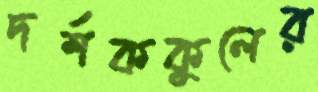
দর্শককুলের